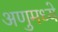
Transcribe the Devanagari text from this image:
अणुमध्ये